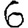
Digit: 6